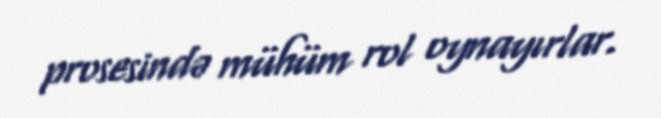
prosesində mühüm rol oynayırlar.